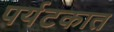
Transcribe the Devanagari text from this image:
पर्यटकात